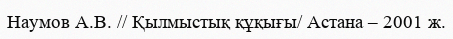
Наумов А.В. // Қылмыстық құқығы/ Астана – 2001 ж.